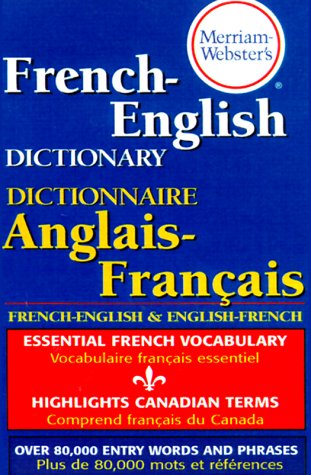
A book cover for Merriam-Webster's French-English Dictionary; Reference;